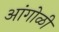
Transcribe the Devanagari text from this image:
आंगोळी